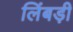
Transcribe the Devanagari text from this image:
लिंबड़ी